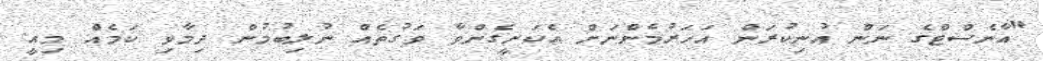
"އާނެސްޓްގެ ނަން އުނިކުރަން އަހަރުމެންނަށް އެކަށީގެންވާ ވަގުތެއް ނުލިބުމުން ދިމާވި ކަމެއް މިއީ.